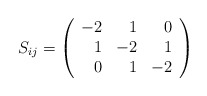
\begin{align*}S_{ij}=\left(\begin{array}{rrr}-2 & 1 & 0\\1 & -2 &1\\0 & 1 & -2\end{array}\right)\end{align*}